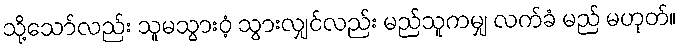
သို့သော်လည်း သူမသွားဝံ့ သွားလျှင်လည်း မည်သူကမျှ လက်ခံ မည် မဟုတ်။